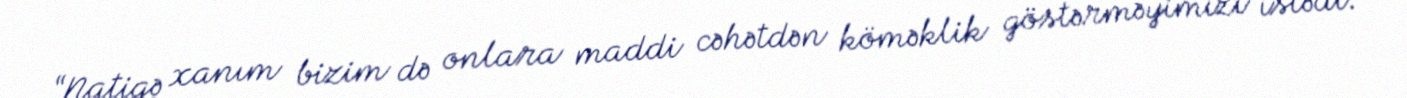
“Natiqə xanım bizim də onlara maddi cəhətdən köməklik göstərməyimizi istədi.